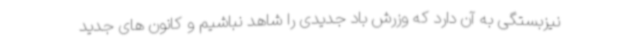
نیزبستگی به آن دارد که وزرش باد جدیدی را شاهد نباشیم و کانون های جدید